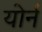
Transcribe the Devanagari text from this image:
योर्न